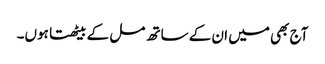
آج بھی میں ان کے ساتھ مل کے بیٹھتا ہوں۔